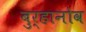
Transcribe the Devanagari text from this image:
बुर्हानोव